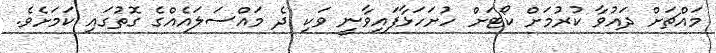
މައްޗަށް ދައުވާ ކުރުމަށް ކޯޓަށް ހުށަހަޅާފައިވާނީ ވަކި ދެ މައްސަލައެއްގެ ގޮތުގައި ކަމަށެވެ.